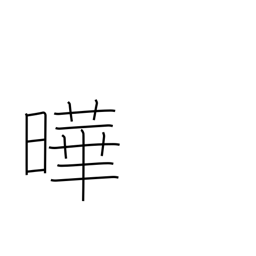
Meaning: flourishing